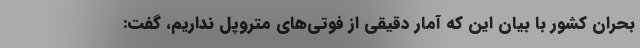
بحران کشور با بیان این که آمار دقیقی از فوتی‌های متروپل نداریم، گفت: